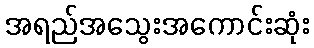
အရည်အသွေးအကောင်းဆုံး